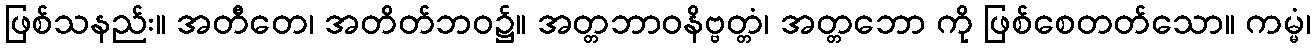
ဖြစ်သနည်း။ အတီတေ၊ အတိတ်ဘဝ၌။ အတ္တဘာဝနိဗ္ဗတ္တံ၊ အတ္တဘော ကို ဖြစ်စေတတ်သော။ ကမ္မံ၊